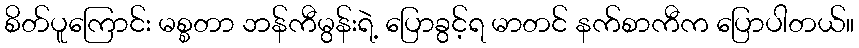
စိတ်ပူကြောင်း မစ္စတာ ဘန်ကီမွန်းရဲ့ ပြောခွင့်ရ မာတင် နက်စာကီက ပြောပါတယ်။